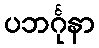
ပဘင်္ဂုနာ